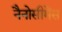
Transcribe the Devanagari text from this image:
नैनोसीमेंस